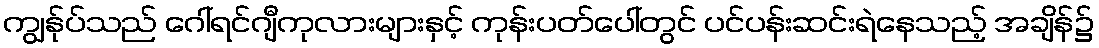
ကျွန်ုပ်သည် ဂေါ်ရင်ဂျီကုလားများနှင့် ကုန်းပတ်ပေါ်တွင် ပင်ပန်းဆင်းရဲနေသည့် အချိန်၌